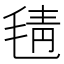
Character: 𣮛